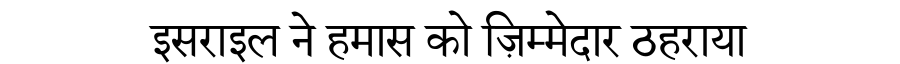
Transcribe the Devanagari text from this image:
इसराइल ने हमास को ज़िम्मेदार ठहराया